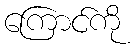
ကြောင်ကို